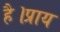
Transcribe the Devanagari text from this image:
है।प्राय